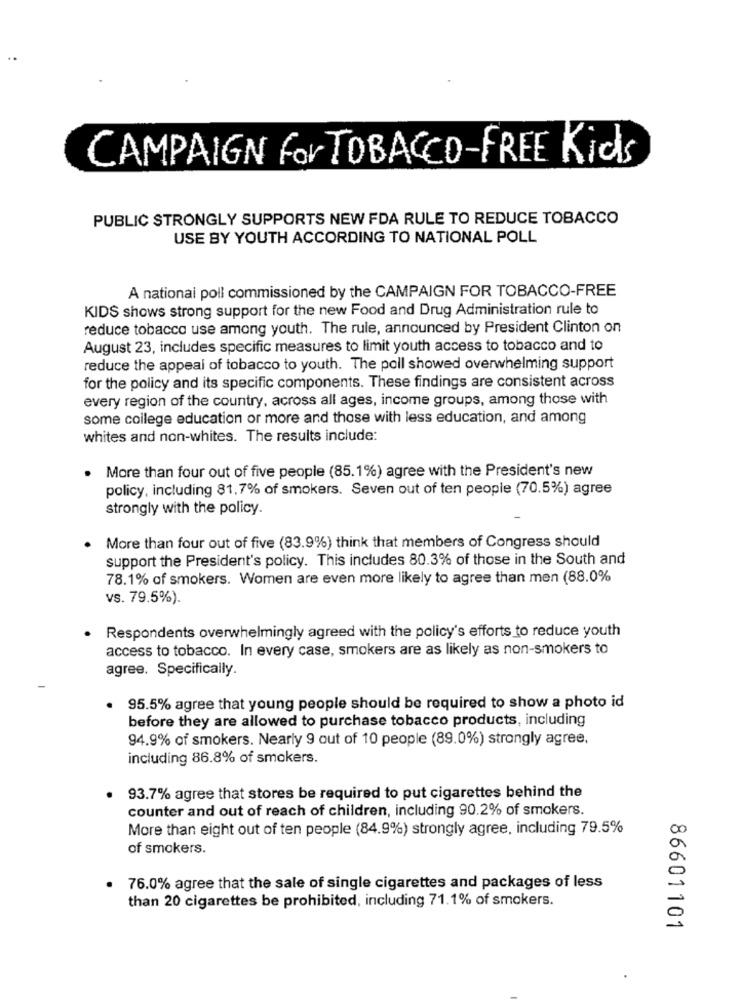
CAMPAIGN for TOBACCO-FREE Kids
PUBLIC STRONGLY SUPPORTS NEW FDA RULE TO REDUCE TOBACCO
USE BY YOUTH ACCORDING TO NATIONAL POLL
A national poll commissioned by the CAMPAIGN FOR TOBACCO-FREE
KIDS shows strong support for the new Food and Drug Administration rule to
reduce tobacco use among youth. The rule, announced by President Clinton on
August 23, includes specific measures to limit youth access to tobacco and to
reduce the appeal of tobacco to youth. The poll showed overwhelming support
for the policy and its specific components. These findings are consistent across
every region of the country, across all ages, income groups, among those with
some college education or more and those with less education, and among
whites and non-whites. The results include:
. More than four out of five people (85.1%) agree with the President's new
policy, including 81,7% of smokers. Seven out of ten people (70.5%) agree
strongly with the policy.
More than four out of five (83.9%) think that members of Congress should
support the President's policy. This includes 80.3% of those in the South and
78.1% of smokers. Women are even more likely to agree than men (88.0%
vs. 79.5%).
Respondents overwhelmingly agreed with the policy's efforts to reduce youth
access to tobacco. In every case, smokers are as likely as non-smokers to
agree. Specifically.
95.5% agree that young people should be required to show a photo id
before they are allowed to purchase tobacco products, including
94.9% of smokers. Nearly 9 out of 10 people (89.0%) strongly agree,
including 86.8% of smokers.
93.7% agree that stores be required to put cigarettes behind the
counter and out of reach of children, including 90.2% of smokers.
More than eight out of ten people (84.9%) strongly agree, including 79.5%
of smokers.
76.0% agree that the sale of single cigarettes and packages of less
than 20 cigarettes be prohibited, including 71.1% of smokers.
86601101